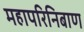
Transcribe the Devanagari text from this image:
महापरिनिबाण